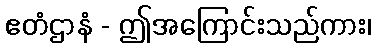
ဧတံဌာနံ - ဤအကြောင်းသည်ကား၊